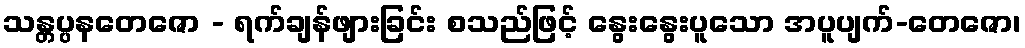
သန္တပ္ပနတေဇော - ရက်ချန်ဖျားခြင်း စသည်ဖြင့် နွေးနွေးပူသော အပူပျက်-တေဇော၊